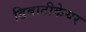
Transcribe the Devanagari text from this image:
डिबाटीकेयर